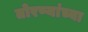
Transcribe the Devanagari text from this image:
तोरण्यांच्या